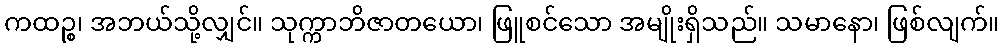
ကထဉ္စ၊ အဘယ်သို့လျှင်။ သုက္ကာဘိဇာတယော၊ ဖြူစင်သော အမျိုးရှိသည်။ သမာနော၊ ဖြစ်လျက်။